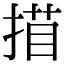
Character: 𢱁